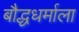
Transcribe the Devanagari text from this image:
बौद्धधर्माला